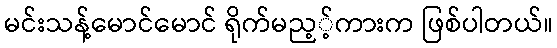
မင်းသန့်မောင်မောင် ရိုက်မည့့်ကားက ဖြစ်ပါတယ်။